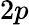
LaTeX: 2p